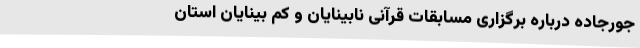
جورجاده درباره برگزاری مسابقات قرآنی نابینایان و کم بینایان استان